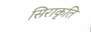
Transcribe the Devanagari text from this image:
सिराकृति